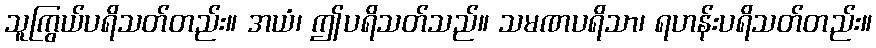
သူကြွယ်ပရိသတ်တည်း။ အယံ၊ ဤပရိသတ်သည်။ သမဏပရိသာ၊ ရဟန်းပရိသတ်တည်း။